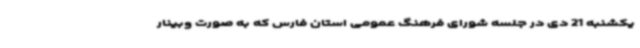
یکشنبه 21 دی در جلسه شورای فرهنگ عمومی استان فارس که به صورت وبینار